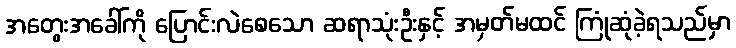
အတွေးအခေါ်ကို ပြောင်းလဲစေသော ဆရာသုံးဦးနှင့် အမှတ်မထင် ကြုံဆုံခဲ့ရသည်မှာ